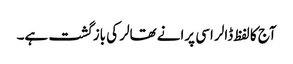
آج کا لفظ ڈالر اسی پرانے تھالر کی بازگشت ہے۔